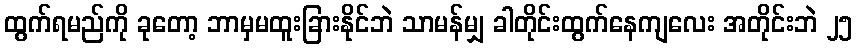
ထွက်ရမည်ကို ခုတော့ ဘာမှမထူးခြားနိုင်ဘဲ သာမန်မျှ ခါတိုင်းထွက်နေကျလေး အတိုင်းဘဲ ၂၅